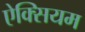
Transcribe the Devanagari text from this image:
ऐक्सियम